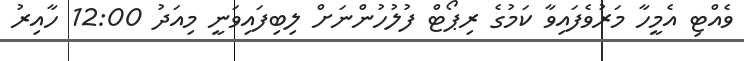
ވެއްޓި އެމީހާ މަރުވެފައިވާ ކަމުގެ ރިޕޯޓް ފުލުހުންނަށް ލިބިފައިވަނީ މިއަދު 12:00 ހާއިރު